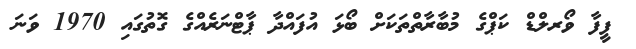
ފީފާ ވޯރލްޑް ކަޕްގެ މުބާރާތްތަކަށް ބޯޅަ އުފައްދާ ޕާޓްނަރެއްގެ ގޮތުގައި 1970 ވަނަ